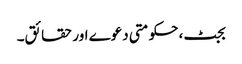
بجٹ، حکومتی دعوے اور حقائق۔